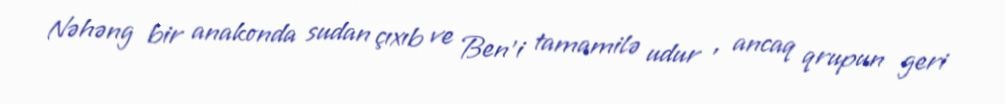
Nəhəng bir anakonda sudan çıxıb ve Ben'i tamamilə udur , ancaq qrupun geri